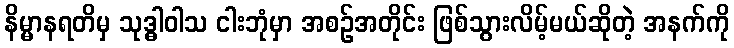
နိမ္မာနရတိမှ သုဒ္ဓါဝါသ ငါးဘုံမှာ အစဉ်အတိုင်း ဖြစ်သွားလိမ့်မယ်ဆိုတဲ့ အနက်ကို